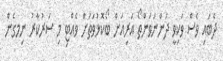
ދެބައި ވެސް ވަކިވީ ދަންނަވަންތޯ އަރިއަށް ބޯކޮޅުވަތަށް ވެއްޓި މި ސަރުކާރު ނިމގެން